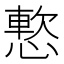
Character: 𫺸